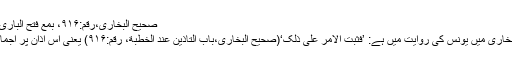
صحیح البخاری،رقم:۹۱۶، بمع فتح الباری:۳/۳۹۵
صحیح بخاری میں یونس کی روایت میں ہے: ’فَثَبَتَ الأَمرُ عَلٰی ذٰلِکَ‘(صحیح البخاری،بَابُ التَّأذِینِ عِندَ الخُطبَةِ، رقم:۹۱۶) یعنی اس اذان پر اجماع ہوگیا۔